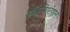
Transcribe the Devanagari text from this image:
डॉकूमेण्टेशन